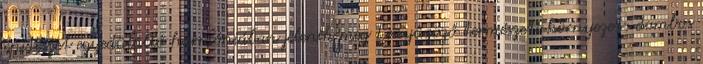
építészet egyedülálló harmóniában jelenik meg Lenyűgöző természeti környezet: dombos